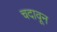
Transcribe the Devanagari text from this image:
चदावून